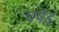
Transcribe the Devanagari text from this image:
चपेड़